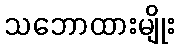
သဘောထားမျိုး